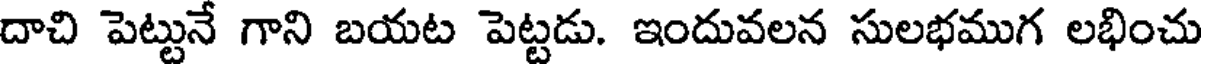
దాచి పెట్టునే గాని బయట పెట్టడు. ఇందువలన సులభముగ లభించు